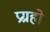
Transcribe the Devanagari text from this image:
प्रग्रहो